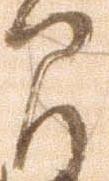
間